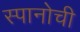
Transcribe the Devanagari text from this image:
स्पानोची